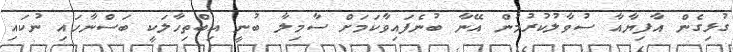
ގުޅިގެން އާފިޔާއާ ސުވާލުކުރުމުން އޭނާ ބުނެފައިވާކަމަށް ސާމިލާ ބުނީ އިބްތިހާލަކީ ބަސްނާހައި ނުކައި